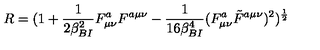
R = ( 1 + { \frac { 1 } { 2 \beta _ { B I } ^ { 2 } } } F _ { \mu \nu } ^ { a } F ^ { a \mu \nu } - { \frac { 1 } { 1 6 \beta _ { B I } ^ { 4 } } } ( F _ { \mu \nu } ^ { a } \tilde { F } ^ { a \mu \nu } ) ^ { 2 } ) ^ { \frac { 1 } { 2 } }